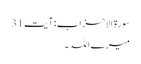
سورۃ الاحزاب: آیت 31
میرے اللہ ۔